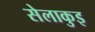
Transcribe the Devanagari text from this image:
सेलाकुइ